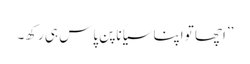
’’اچھا تو اپنا سیاناپن پاس ہی رکھ۔